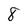
Character: 8